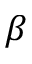
\beta